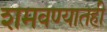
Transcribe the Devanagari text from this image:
शमवण्यातही